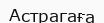
Астрагаға